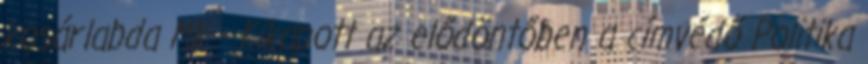
kosárlabda MK - Kikapott az elődöntőben a címvédő Politika